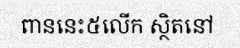
ពាននេះ៥លើក ស្ថិតនៅ